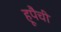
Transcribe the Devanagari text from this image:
हूपैची